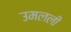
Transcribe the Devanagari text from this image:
उमलली